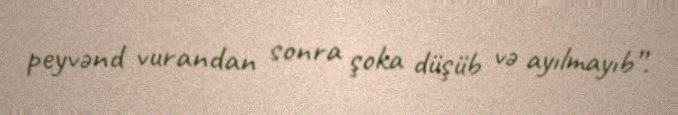
peyvənd vurandan sonra şoka düşüb və ayılmayıb”.